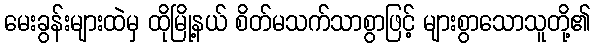
မေးခွန်းများထဲမှ ထိုမြို့နယ် စိတ်မသက်သာစွာဖြင့် များစွာသောသူတို့၏